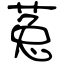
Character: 菟